Scientific memoirs by medical officers of the Army of India - Part X,
Year: 1897
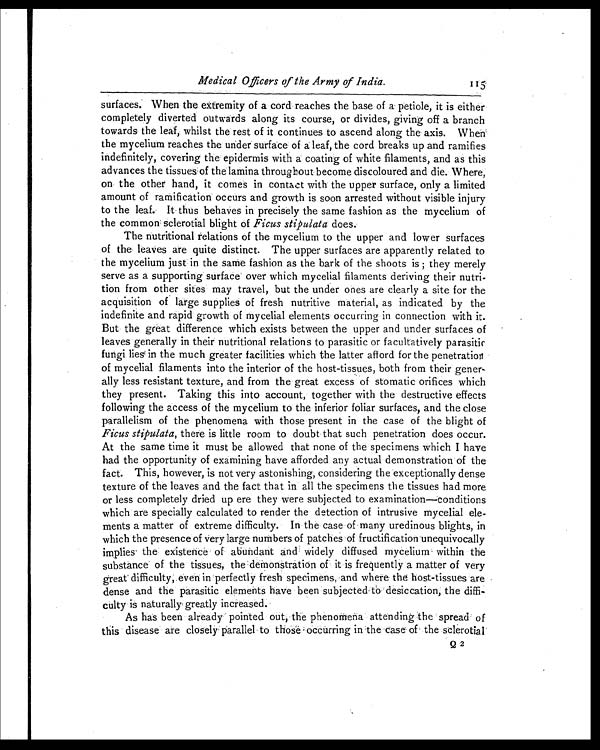
Medical Officers of the Army of India.
1 1 5
surfaces. When the extremity of a cord reaches the base of a petiole, it is either
completely diverted outwards along its course, or divides, giving off a branch
towards the leaf, whilst the rest of it continues to ascend along the axis. When
the mycelium reaches the under surface of a leaf, the cord breaks up and ramifies
indefinitely, covering the epidermis with a coating of white filaments, and as this
advances the tissues of the lamina throughout become discoloured and die. Where,
on the other hand, it comes in contact with the upper surface, only a limited
amount of ramification occurs and growth is soon arrested without visible injury
to the leaf. It thus behaves in precisely the same fashion as the mycelium of
the common sclerotial blight of Ficus stipulata does.
The nutritional relations of the mycelium to the upper and lower surfaces
of the leaves are quite distinct. The upper surfaces are apparently related to
the mycelium just in the same fashion as the bark of the shoots is ; they merely
serve as a supporting surface over which mycelial filaments deriving their nutri
-
tion from other sites may travel, but the under ones are clearly a site for the
acquisition of large supplies of fresh nutritive material, as indicated by the
indefinite and rapid growth of mycelial elements occurring in connection with it.
But the great difference which exists between the upper and under surfaces of
leaves generally in their nutritional relations to parasitic or facultatively parasitic
fungi lies in the much greater facilities which the latter afford for the penetration
of mycelial filaments into the interior of the host-tissues, both from their gener
-
ally less resistant texture, and from the great excess of stomatic orifices which
they present. Taking this into account, together with the destructive effects
following the access of the mycelium to the inferior foliar surfaces, and the close
parallelism of the phenomena with those present in the case of the blight of
Ficus stipulata, there is little room to doubt that such penetration does occur.
At the same time it must be allowed that none of the specimens which I have
had the opportunity of examining have afforded any actual demonstration of the
fact. This, however, is not very astonishing, considering the exceptionally dense
texture of the leaves and the fact that in all the specimens the tissues had more
or less completely dried up ere they were subjected to examination—conditions
which are specially calculated to render the detection of intrusive mycelial ele
-
ments a matter of extreme difficulty. In the case of many uredinous blights, in
which the presence of Very large numbers of patches of fructification unequivocally
implies the existence of abundant and widely diffused mycelium within the
substance of the tissues, the demonstration of it is frequently a matter of very
great difficulty, even in perfectly fresh specimens, and where the host-tissues are
dense and the parasitic elements have been subjected to desiccation, the diffi
-
culty is naturally greatly increased.
As has been already pointed out, the phenomena attending the spread of
this disease are closely parallel to those occurring in the case of the sclerotial
Q 2